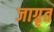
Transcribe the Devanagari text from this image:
जाग्रृत